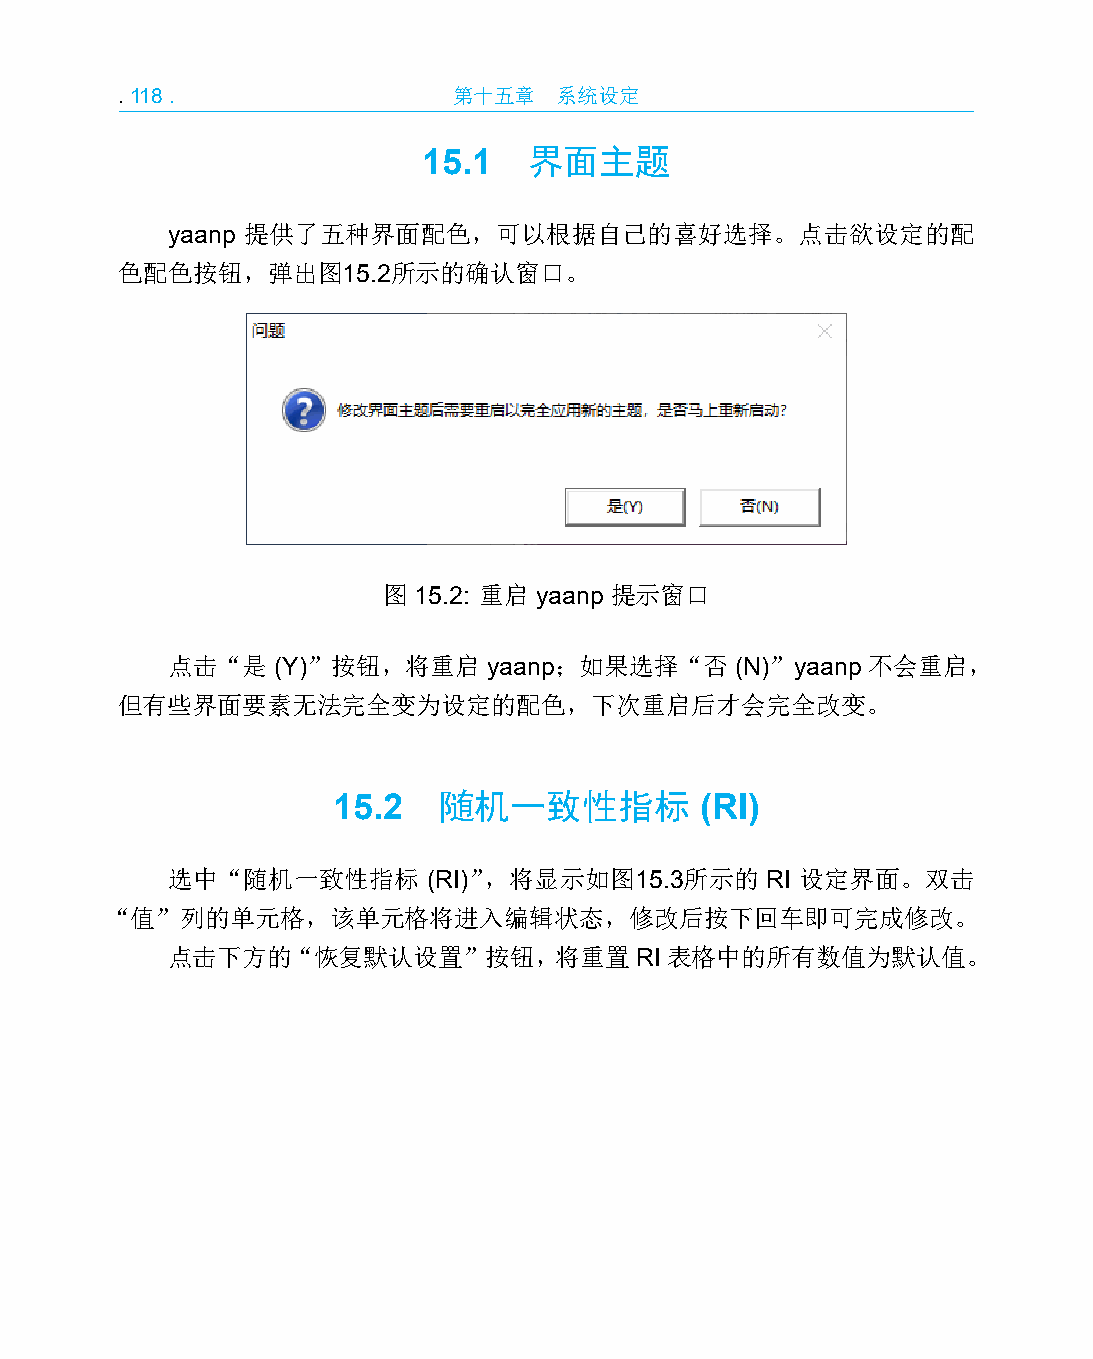
.118.                 第十五章   系统设定
 15.1   界面主题
 yaanp 提供了五种界面配色，可以根据自己的喜好选择。点击欲设定的配
 色配色按钮，弹出图15.2所示的确认窗口。
 图 15.2: 重启 yaanp 提示窗口
 点击“是   (Y)”按钮，将重启    yaanp；如果选择“否     (N)”yaanp 不会重启，
 但有些界面要素无法完全变为设定的配色，下次重启后才会完全改变。
 15.2   随机一致性指标          (RI)
 选中“随机一致性指标       (RI)”，将显示如图15.3所示的     RI 设定界面。双击
 “值”列的单元格，该单元格将进入编辑状态，修改后按下回车即可完成修改。
 点击下方的“恢复默认设置”按钮，将重置RI表格中的所有数值为默认值。